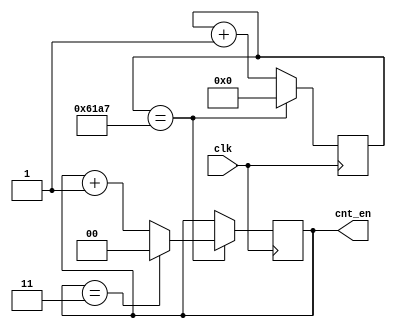
`timescale 1ns / 1ps
//////////////////////////////////////////////////////////////////////////////////
// Company: 
// Engineer: 
// 
// Design Name: 
// Module Name:    counter 
// Project Name: 
// Target Devices: 
// Tool versions: 
// Description: 
//
// Dependencies: 
//
// Revision: 
// Revision 0.01 - File Created
// Additional Comments: 
//
//////////////////////////////////////////////////////////////////////////////////
module counter(
input clk,
output reg [1:0] cnt_en
);
initial cnt_en = 0;
reg [15:0] cnt_div;
initial cnt_div= 16'b0;
always@(posedge clk)
begin
	if (cnt_div == 16'd24999)
		cnt_div<= 16'h0;
	else
		cnt_div <= cnt_div + 16'h1;
end

always@(posedge clk)
begin
	if(cnt_div==16'd24999)
	begin
		if(cnt_en==2'b11)
			cnt_en<=2'b00;
		else
			cnt_en<=cnt_en+2'b01;
	end
end



endmodule